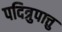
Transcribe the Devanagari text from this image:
पदित्रुपात्तु